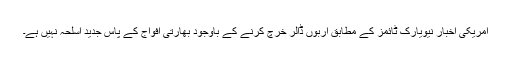
امریکی اخبار نیویارک ٹائمز کے مطابق اربوں ڈالر خرچ کرنے کے باوجود بھارتی افواج کے پاس جدید اسلحہ نہیں ہے۔